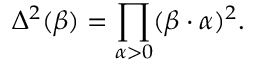
\Delta ^ { 2 } ( \beta ) = \prod _ { \alpha > 0 } ( \beta \cdot \alpha ) ^ { 2 } .